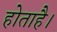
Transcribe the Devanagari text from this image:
होताहै।